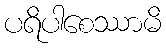
ပရိပါစေဿာမိ